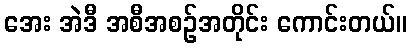
အေး အဲဒီ အစီအစဉ်အတိုင်း ကောင်းတယ်။